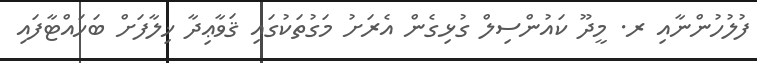
ފުލުހުންނާއި ރ. މީދޫ ކައުންސިލް ގުޅިގެން އެރަށު މަގުތަކުގައި ޤަވާޢިދާ ޚިލާފަށް ބަހައްޓާފައި